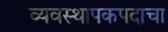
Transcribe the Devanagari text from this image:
व्यवस्थापकपदाचा